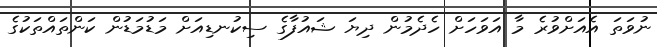
ނުވަތަ އެއަށްވުރެ މާ އަވަހަށް ހެދެމުން ދިޔަ ޝައުފާގެ ސިކުނޑިއަށް މަޑުމަޑުން ކަންތައްތަކުގެ